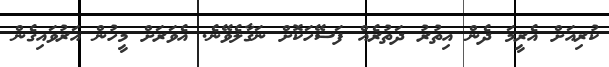
ކުރިއަށް އެރީމަ ދެން އިތުރު ދަތުރެއް ފަސޭހަކޮށް ނަގާލެވޭނެ. އެވަރަށް މީހުން އަރުވައިގެން